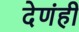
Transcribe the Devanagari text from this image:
देणंही